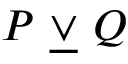
P \ { \underline { { \lor } } } \ Q